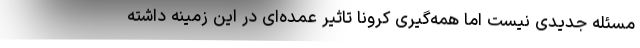
مسئله جدیدی نیست اما همه‌گیری کرونا تاثیر عمده‌ای در این زمینه داشته